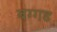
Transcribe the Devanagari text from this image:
बग्‍गड